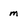
Character: m